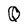
Character: Q